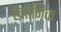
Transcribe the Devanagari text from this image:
ख्राानिक